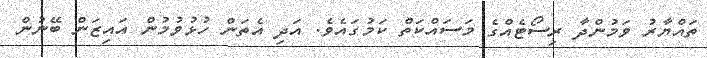
ތައްޔާރު ވަމުންދާ ރިސޯޓެއްގެ މަސައްކަތް ކަމުގައެވެ. އަދި އެތަން ހުޅުވުމުން އައިޒަން ބޭނުން